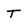
Character: T